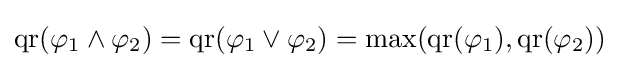
\operatorname {qr} (\varphi _{1}\land \varphi _{2})=\operatorname {qr} (\varphi _{1}\lor \varphi _{2})=\max(\operatorname {qr} (\varphi _{1}),\operatorname {qr} (\varphi _{2}))